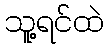
သူ့ရင်ထဲ